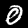
Label: 0